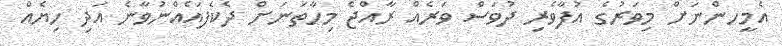
އެމީހންނަށް މިވަރުގެ އުފާވެރި ދުވަސް ވަރެއް ރާއްޖެ މިހާތަނަށް ދެކެފައެއްނުވާނެ އަދި ހިޔެއް